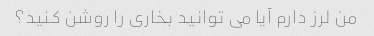
من لرز دارم آیا می توانید بخاری را روشن کنید؟